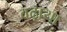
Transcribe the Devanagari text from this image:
वढ़ाया